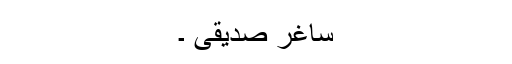
ساغر صدیقی ۔